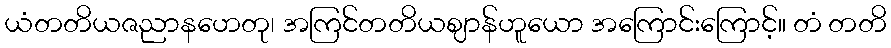
ယံတတိယဇညာနဟေတု၊ အကြင်တတိယဈာန်ဟူယော အကြောင်းကြောင့်။ တံ တတိ